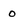
Character: o